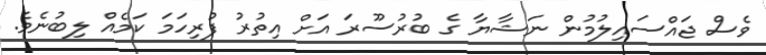
ވެސް ޖައްސައިލުމުން ނަޝާޔާ ގެ ބުރުސޫރަ އަށް އިތުރު ފުރިހަމަ ކަމެއް ލިބުނެވެ.